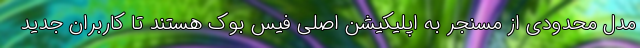
مدل محدودی از مسنجر به اپلیکیشن اصلی فیس بوک هستند تا کاربران جدید